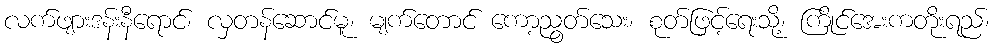
လက်ဖျားဒန်းနီရောင်၊ လှတန်ဆောင်မူ၊ မျက်တောင် ကော့ညွတ်သေး၊ စုတ်ဖြင့်ရေးသို့၊ ကြိုင်အေးကတိုးရည်၊